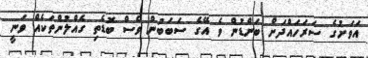
އަވަށުގެ ސަރަހައްދަށް ބަންޑުން ވެ އޭގެ ސަބަބުން ވެސް ބޮޑެތި ގެއްލުންތަކެއް ވަނީ